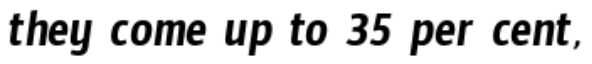
they come up to 35 per cent,